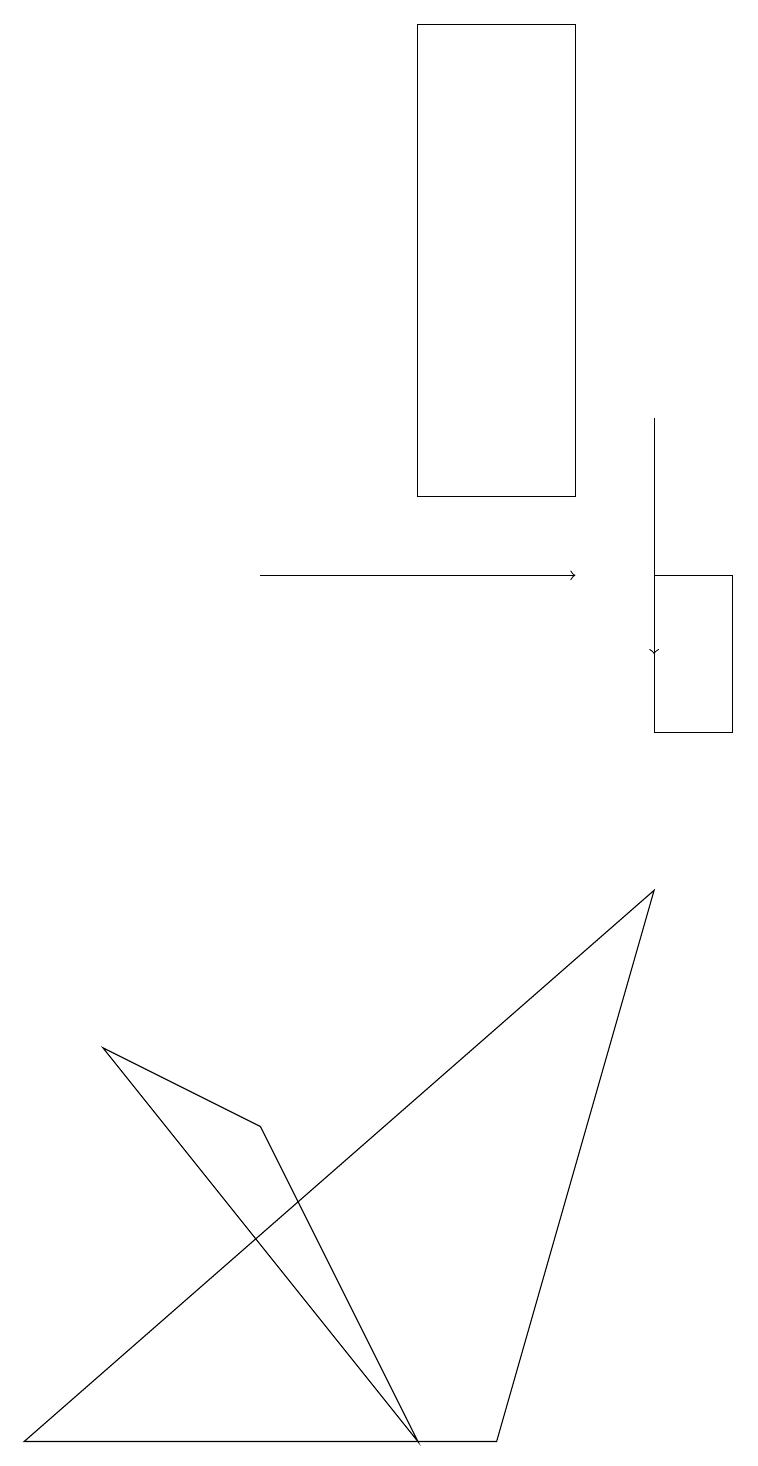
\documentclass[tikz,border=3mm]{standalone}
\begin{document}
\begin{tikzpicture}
\draw (0,1) -- (8,8) -- (6,1) -- cycle;
\draw (5,19) rectangle (7,13);
\draw[->] (8,14) -- (8,11);
\draw (3,5) -- (5,1) -- (1,6) -- cycle;
\draw[->] (3,12) -- (7,12);
\draw (8,12) rectangle (9,10);
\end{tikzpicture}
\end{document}